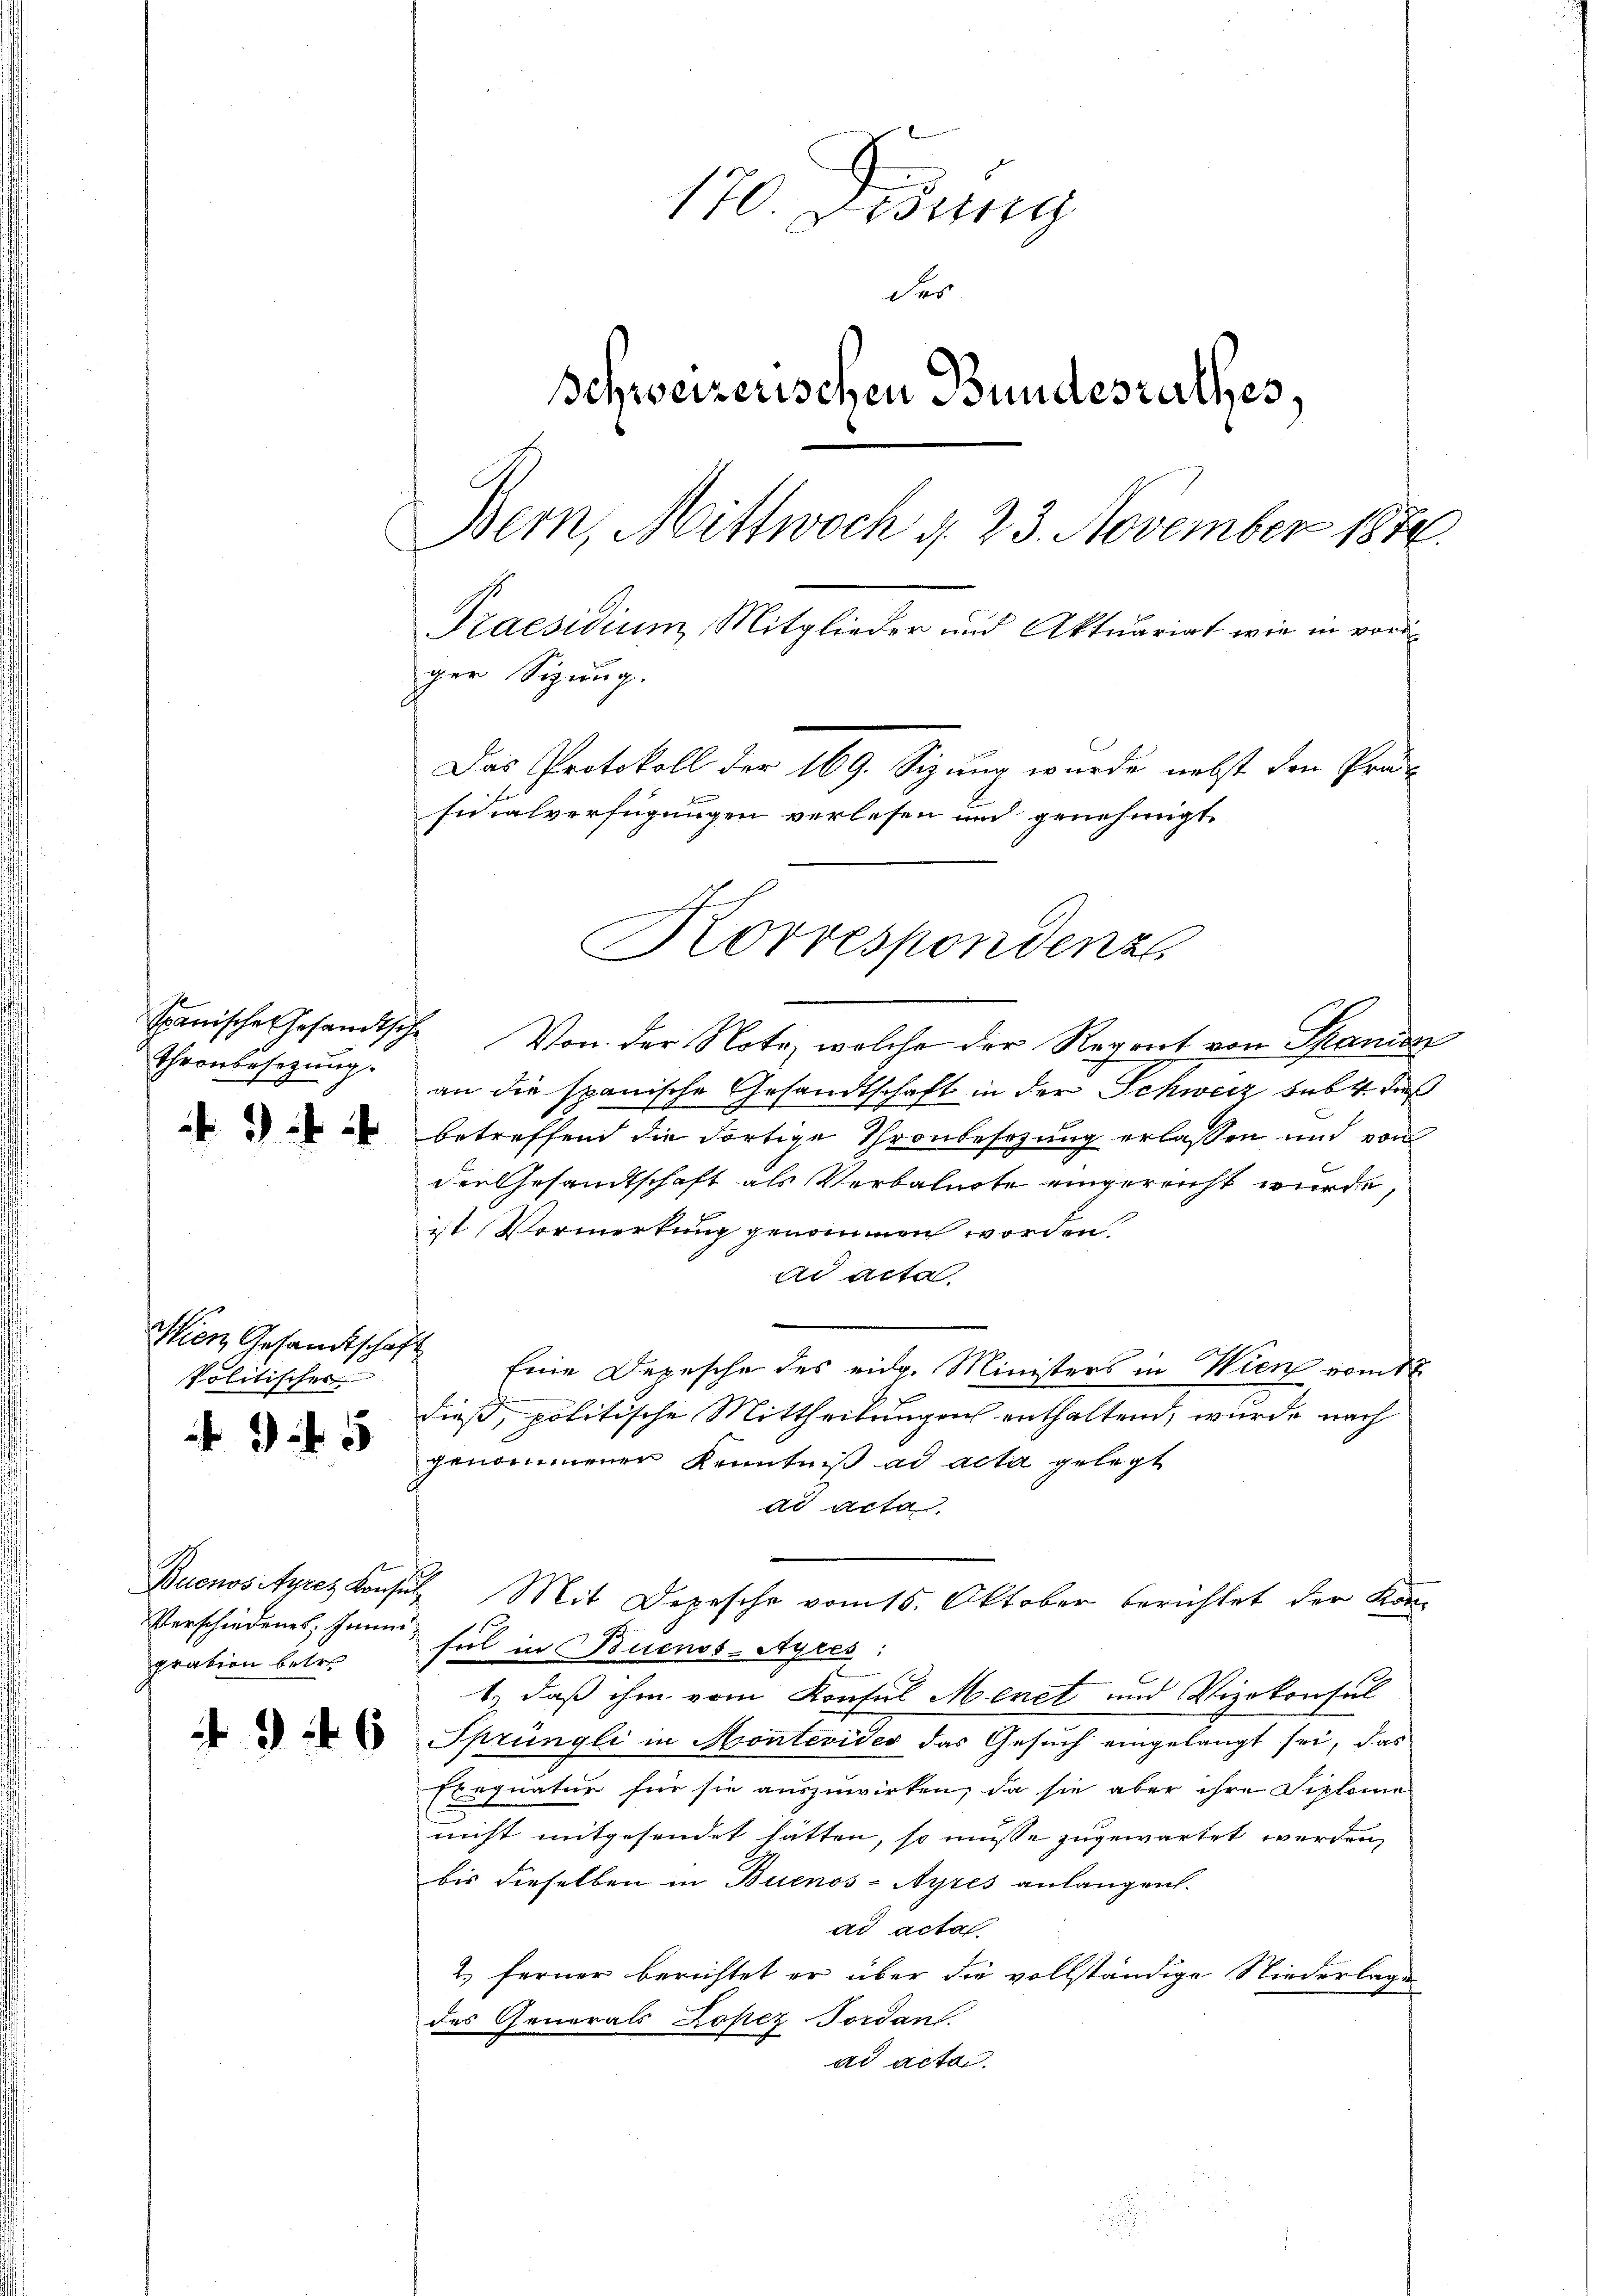
Thronbesetzung.

24 x

Wien Gesandtschaft
Politischer

945

Verschiedenes, Juni
pration betr.

4946

170. Lesung
der
Schweizerischen Bundesrathes,
Bern, Mittwoch d. 23. November 1874.
Praesidium, Mitglieder und Aktuariat wie in voriger Sizung.
Das Protokoll der 169. Sizung wurde nebst den Prä-
ficialverfügungen verlesen und genehmigt

Korrespondenze

spanische Gesandtsche Von der Note, welche der Regent von Spanien
an die spanische Gesandtschaft in der Schweiz hebt dieß
betreffend die dortige Thronbesezung erlassen und von
den Gesandtschaft als Verbalnote eingereicht wurde,
ist Vormerkung genommen worden.
ad acta
Eine Depesche des eidg. Ministers in Wien vom 12.
dieß, politische Mittheilungen enthaltend, wurde nach
genommenen Kenntniß ad acta gelegt
ad acta
Buenos-Ayres Konsul Mit Depesche vom 15. Oktober berichtet der Konsul in Buenos-Ayres:
1.) daß ihm vom Konsul Meret und Vizekonsul
Sprüngli in Hontevides das Gesuch eingelangt sei, das
Errquatur für sie auszuwirken, da sie aber ihre Siploma
nicht mitgesendet hätten, so müsse zugewartet werden,
bis dieselben in Buenos-Ayres anlangen.
ad acta
2.) ferner berichtet er über die vollständige Niederlage
des Generals Lopez Forden.
ad acta